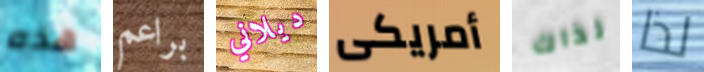
هذه براعم ديلاني أمريكى لذاك لذا